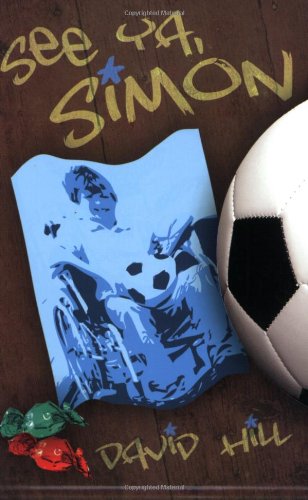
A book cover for See Ya Simon; David Hill; Health, Fitness & Dieting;